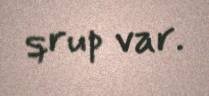
qrup var.